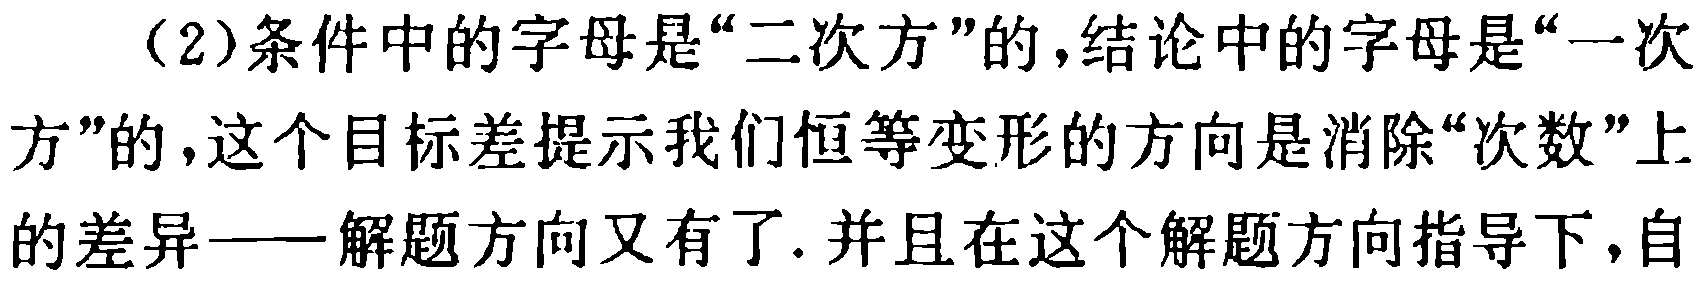
（2）条件中的字母是“二次方”的，结论中的字母是“一次方”的，这个目标差提示我们恒等变形的方向是消除“次数”上的差异——解题方向又有了. 并且在这个解题方向指导下，自